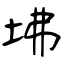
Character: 坲